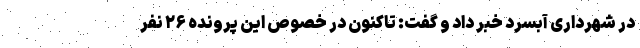
در شهرداری آبسرد خبر داد و گفت: تاکنون در خصوص این پرونده ۲۶ نفر